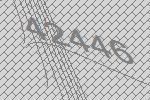
42446